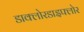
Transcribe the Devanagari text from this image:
डाक्लोरडाइफ्लोर